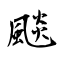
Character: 颷